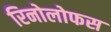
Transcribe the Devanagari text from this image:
रिनोलोफस